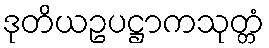
ဒုတိယဥပဋ္ဌာကသုတ္တံ